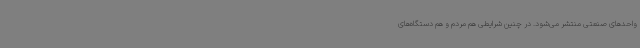
واحدهای صنعتی منتشر می‌شود. در چنین شرایطی هم مردم و هم دستگاه‌های